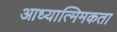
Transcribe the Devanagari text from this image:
आध्यात्मिमकता